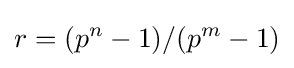
r=(p^{n}-1)/(p^{m}-1)